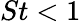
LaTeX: St<1